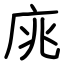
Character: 庣